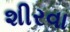
શીરવા